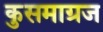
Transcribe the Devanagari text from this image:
कुसमाग्रज